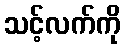
သင့်လက်ကို